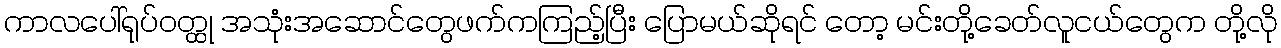
ကာလပေါ်ရုပ်ဝတ္ထု အသုံးအဆောင်တွေဖက်ကကြည့်ပြီး ပြောမယ်ဆိုရင် တော့ မင်းတို့ခေတ်လူငယ်တွေက တို့လို